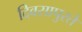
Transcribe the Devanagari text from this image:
दिवसापुरते